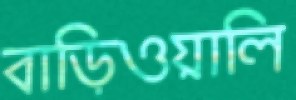
বাড়িওয়ালি